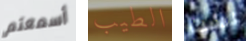
أسمعتم الطيب لست